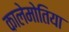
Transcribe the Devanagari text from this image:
कालेमोतिया